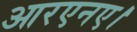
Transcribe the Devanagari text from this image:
आरएनए।